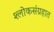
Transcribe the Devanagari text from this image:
श्लोकसंग्रहात